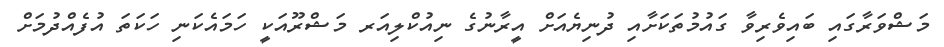
މަޝްވަރާގައި ބައިވެރިވާ ގައުމުތަކަށާއި ދުނިޔެއަށް އީރާނުގެ ނިއުކްލިއަރ މަޝްރޫއަކީ ހަމައެކަނި ހަކަތަ އުފެއްދުމަށް